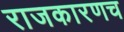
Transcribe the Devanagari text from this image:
राजकारणच